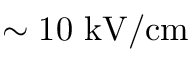
\sim 1 0 ~ \mathrm { k V / c m }